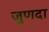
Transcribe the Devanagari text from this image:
जुणदा